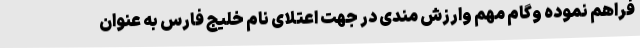
فراهم نموده وگام مهم وارزش مندی در جهت اعتلای نام خلیج فارس به عنوان